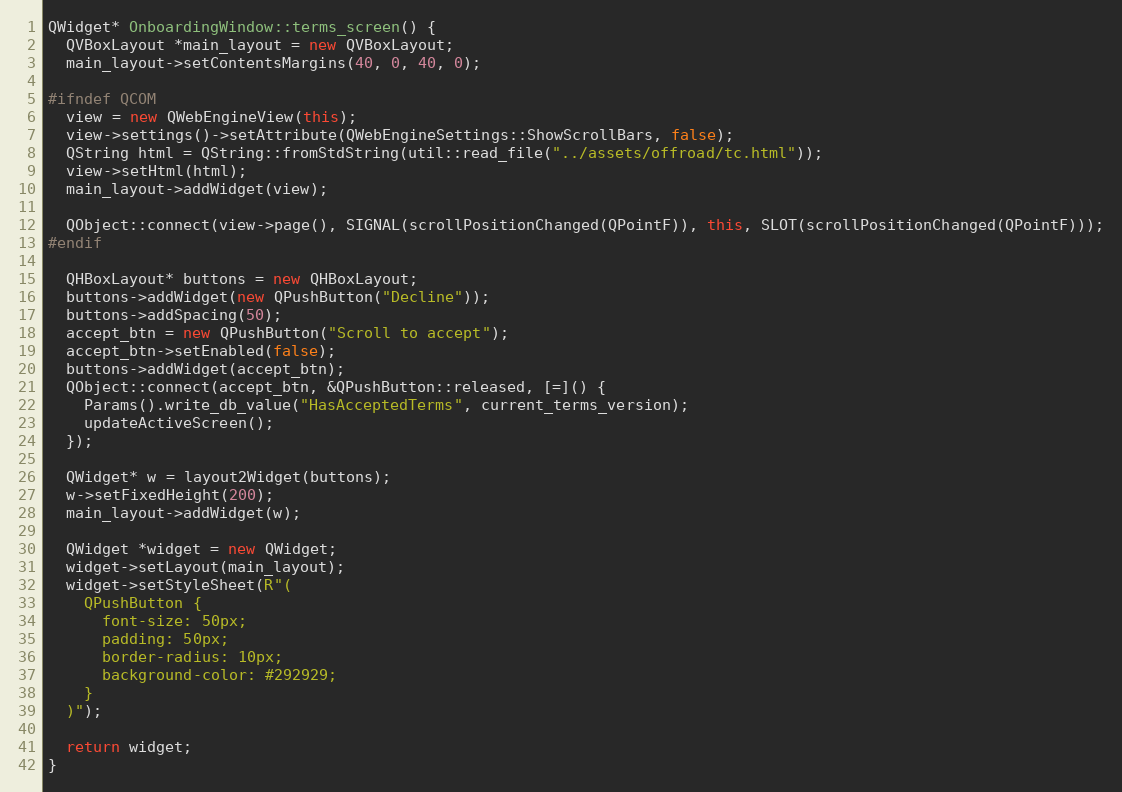
Language: C++
QWidget* OnboardingWindow::terms_screen() {
  QVBoxLayout *main_layout = new QVBoxLayout;
  main_layout->setContentsMargins(40, 0, 40, 0);

#ifndef QCOM
  view = new QWebEngineView(this);
  view->settings()->setAttribute(QWebEngineSettings::ShowScrollBars, false);
  QString html = QString::fromStdString(util::read_file("../assets/offroad/tc.html"));
  view->setHtml(html);
  main_layout->addWidget(view);

  QObject::connect(view->page(), SIGNAL(scrollPositionChanged(QPointF)), this, SLOT(scrollPositionChanged(QPointF)));
#endif

  QHBoxLayout* buttons = new QHBoxLayout;
  buttons->addWidget(new QPushButton("Decline"));
  buttons->addSpacing(50);
  accept_btn = new QPushButton("Scroll to accept");
  accept_btn->setEnabled(false);
  buttons->addWidget(accept_btn);
  QObject::connect(accept_btn, &QPushButton::released, [=]() {
    Params().write_db_value("HasAcceptedTerms", current_terms_version);
    updateActiveScreen();
  });

  QWidget* w = layout2Widget(buttons);
  w->setFixedHeight(200);
  main_layout->addWidget(w);

  QWidget *widget = new QWidget;
  widget->setLayout(main_layout);
  widget->setStyleSheet(R"(
    QPushButton {
      font-size: 50px;
      padding: 50px;
      border-radius: 10px;
      background-color: #292929;
    }
  )");

  return widget;
}